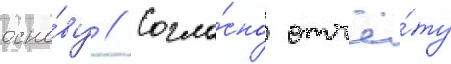
осно́ву // Согла́сно отчё́ту